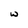
Character: w